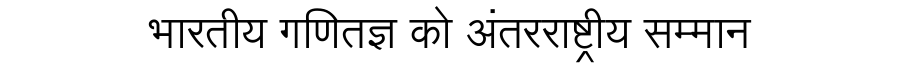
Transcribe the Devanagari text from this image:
भारतीय गणितज्ञ को अंतरराष्ट्रीय सम्मान